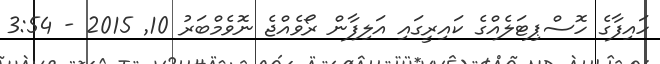
ހައިފާގެ ހޮސްޕިޓަލެއްގެ ކައިރީގައި އަލިފާން ރޯވެއްޖެ ނޮވެމްބަރު 10